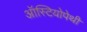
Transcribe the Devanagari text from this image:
ऑस्टियोपेथी